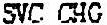
SVC CHG